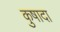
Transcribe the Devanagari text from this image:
कुषादा